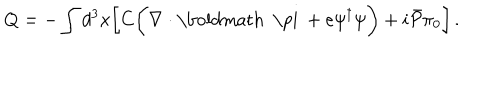
Q = - \int d ^ { 3 } x \biggl [ C \biggl ( \nabla \cdot \mathrm { \boldmath ~ \ p i ~ } + e \psi ^ { \dagger } \psi \biggr ) + i { \bar { \cal P } } \pi _ { 0 } \biggr ] \, .